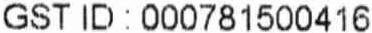
GST ID : 000781500416